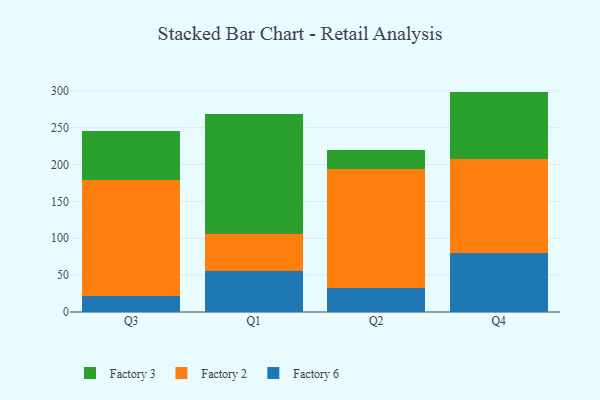
{"axis": {"x": "Quarter", "y": "Production Output"}, "legend": ["Factory 2", "Factory 3", "Factory 6"], "data": [{"x": "Q3", "y": 21.4, "type": "Factory 6"}, {"x": "Q3", "y": 157.5, "type": "Factory 2"}, {"x": "Q3", "y": 66.9, "type": "Factory 3"}, {"x": "Q1", "y": 55.2, "type": "Factory 6"}, {"x": "Q1", "y": 50.9, "type": "Factory 2"}, {"x": "Q1", "y": 161.9, "type": "Factory 3"}, {"x": "Q2", "y": 33.1, "type": "Factory 6"}, {"x": "Q2", "y": 160.9, "type": "Factory 2"}, {"x": "Q2", "y": 25.2, "type": "Factory 3"}, {"x": "Q4", "y": 80.2, "type": "Factory 6"}, {"x": "Q4", "y": 127.6, "type": "Factory 2"}, {"x": "Q4", "y": 91.1, "type": "Factory 3"}]}